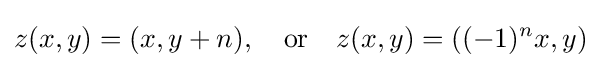
z(x,y)=(x,y+n),\quad {\text{or}}\quad z(x,y)=\left((-1)^{n}x,y\right)